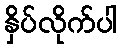
နှိပ်လိုက်ပါ